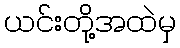
ယင်းတို့အထဲမှ